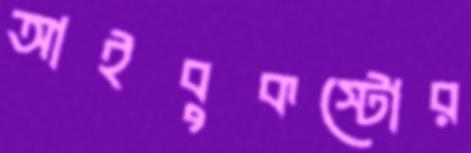
আইবুকস্টোর